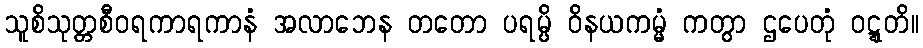
သူစိသုတ္တစီဝရကာရကာနံ အလာဘေန တတော ပရမ္ပိ ဝိနယကမ္မံ ကတွာ ဌပေတုံ ဝဋ္ဋတိ။